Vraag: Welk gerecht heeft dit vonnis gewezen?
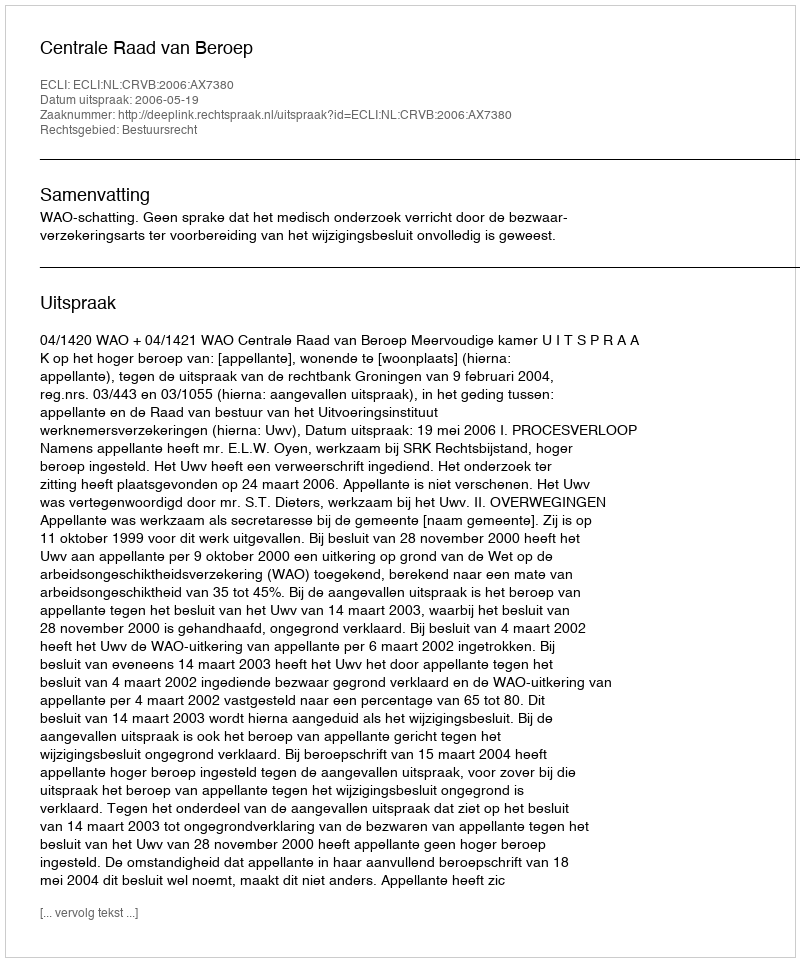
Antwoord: Centrale Raad van Beroep